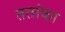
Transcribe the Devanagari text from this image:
ततांका